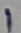
Text: 1